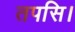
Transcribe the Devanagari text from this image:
तपसि।